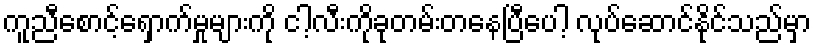
ကူညီစောင့်ရှောက်မှုများကို ငါ့လီးကိုခုတမ်းတနေပြီပေါ့ လုပ်ဆောင်နိုင်သည်မှာ